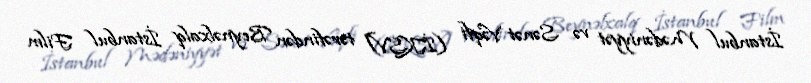
İstanbul Mədəniyyət və Sənət Vəqfi (İKSV) tərəfindən Beynəlxalq İstanbul Film